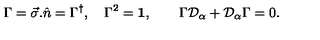
\Gamma = \vec { \sigma } . \hat { n } = \Gamma ^ { \dagger } , \quad \Gamma ^ { 2 } = { \bf 1 } , \qquad \Gamma { \cal D } _ { \alpha } + { \cal D } _ { \alpha } \Gamma = 0 .